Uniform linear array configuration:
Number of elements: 12
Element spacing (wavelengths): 0.75
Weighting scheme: hamming
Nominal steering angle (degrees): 60
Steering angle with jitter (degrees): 58.158
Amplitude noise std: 0.05
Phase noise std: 0.05

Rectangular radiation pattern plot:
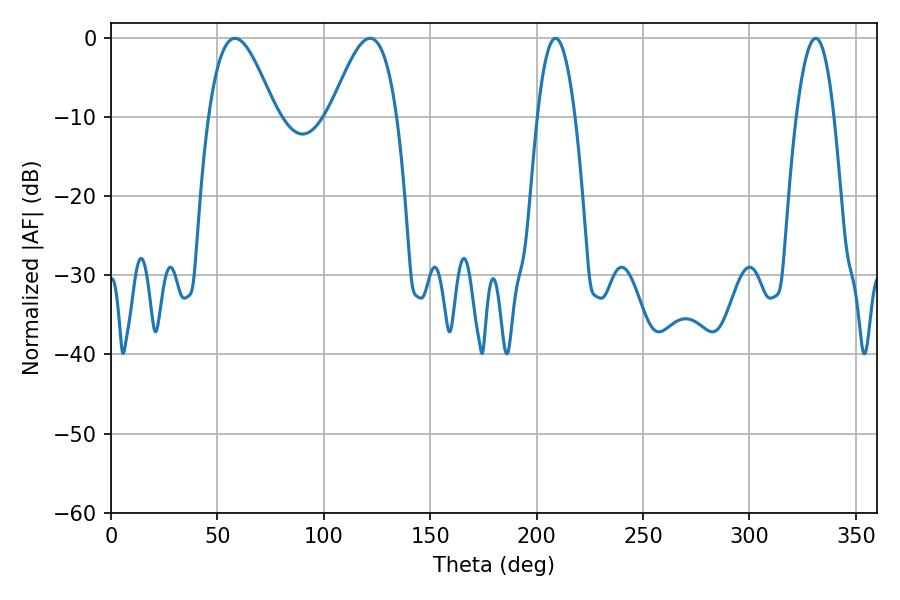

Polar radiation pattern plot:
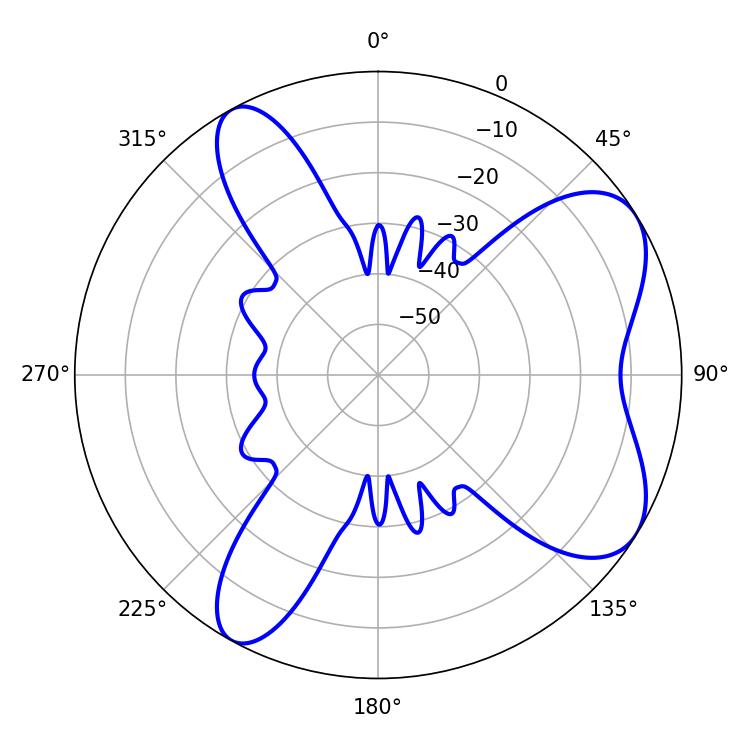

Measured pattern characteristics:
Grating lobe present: TRUE
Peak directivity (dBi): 6.979
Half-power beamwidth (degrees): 16.92
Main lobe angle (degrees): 58.32